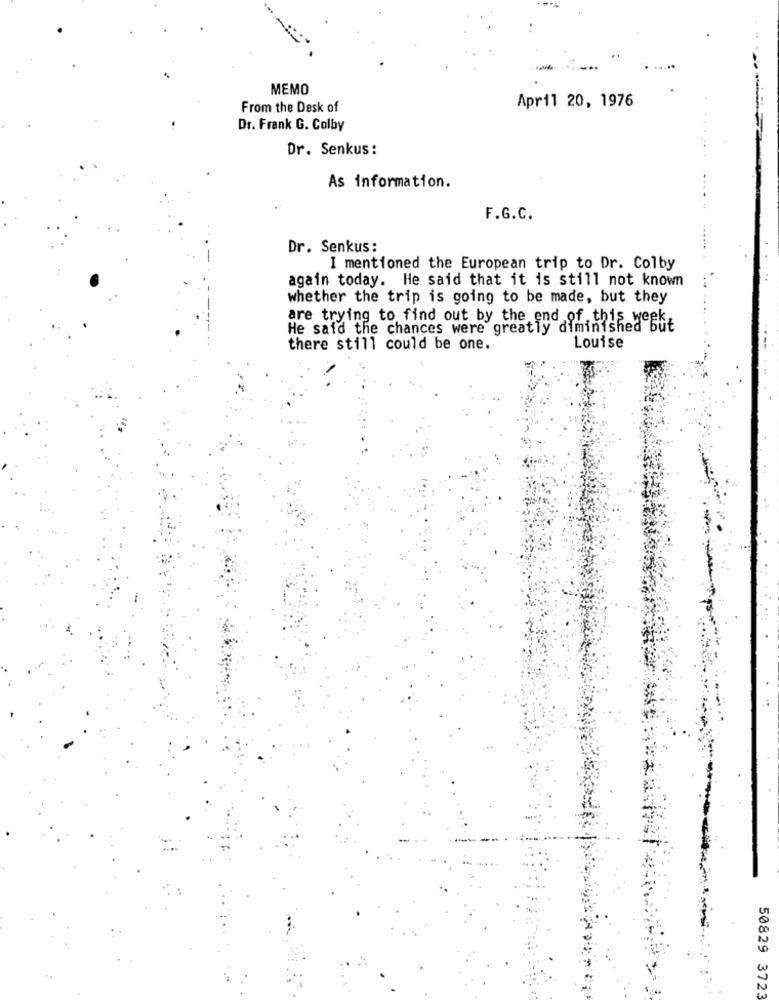
MEMO
From the Desk of
April 20, 1976
Dr. Frank G. Colby
Dr. Senkus:
As information.
F.G.C.
Dr. Senkus:
I mentioned the European trip to Dr. Colby
again today. He said that it is still not known
whether the trip is going to be made, but they
are trying to find out by the end of this
He said the chances were greatly diminished but
there still could be one.
Louise
--
50829 3723